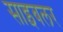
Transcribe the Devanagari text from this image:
साइबलर